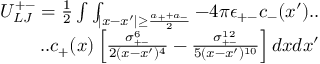
\begin{array} { r } { U _ { L J } ^ { + - } = \frac { 1 } { 2 } \int \int _ { | x - x ^ { \prime } | \geq \frac { a _ { + } + a _ { - } } { 2 } } - 4 \pi \epsilon _ { + - } c _ { - } ( x ^ { \prime } ) . . } \\ { . . c _ { + } ( x ) \left[ \frac { \sigma _ { + - } ^ { 6 } } { 2 ( x - x ^ { \prime } ) ^ { 4 } } - \frac { \sigma _ { + - } ^ { 1 2 } } { 5 ( x - x ^ { \prime } ) ^ { 1 0 } } \right] d x d x ^ { \prime } } \end{array}